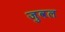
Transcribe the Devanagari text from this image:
जुवल